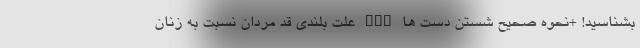
بشناسید! +نحوه صحیح شستن دست ها nan علت بلندی قد مردان نسبت به زنان